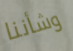
وشأننا